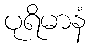
ပုရိမာနံ